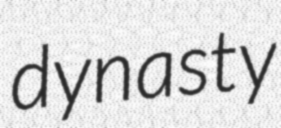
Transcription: dynasty